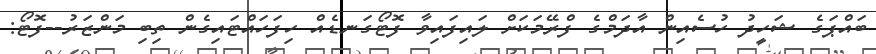
ބައްޕަގެ ޝަހީދު ހުސެއިން އާދަމްގެ ފްރޭމަކަށް ލައިފައިވާ ފޮޓޯގަނޑެއް ހިފަހައްޓައިގެން ތިބި މަންޒަރު--ފޮޓޯ: